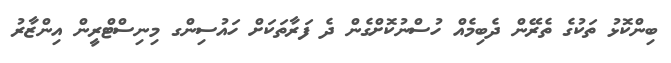
ބިންކޮޅު ތަކުގެ ތެރޭން ދެބިމެއް ހުސްނުކޮށްގެން ދެ ފަރާތަކަށް ހައުސިންގ މިނިސްޓްރީން އިންޒާރު